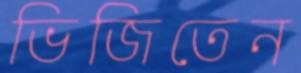
ভিজিতেন